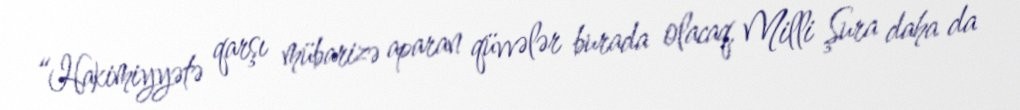
“Hakimiyyətə qarşı mübarizə aparan qüvvələr burada olacaq, Milli Şura daha da